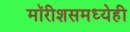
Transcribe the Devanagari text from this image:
मॉरीशसमध्येही